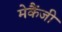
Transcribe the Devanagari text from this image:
मेकैंजी